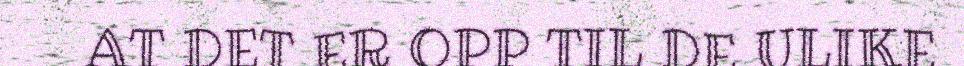
AT DET ER OPP TIL DE ULIKE